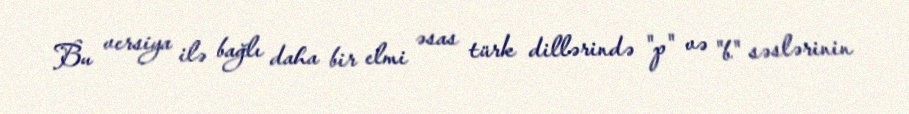
Bu versiya ilə bağlı daha bir elmi əsas türk dillərində "p" və "b" səslərinin